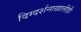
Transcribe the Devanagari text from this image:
दिग्दर्शनाखालीही